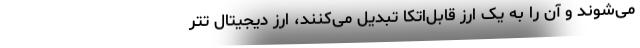
می‌شوند و آن را به یک ارز قابل‌اتکا تبدیل می‌کنند، ارز دیجیتال تتر